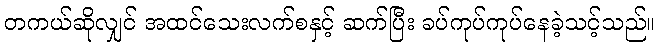
တကယ်ဆိုလျှင် အထင်သေးလက်စနှင့် ဆက်ပြီး ခပ်ကုပ်ကုပ်နေခဲ့သင့်သည်။